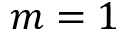
m = 1